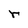
Character: r